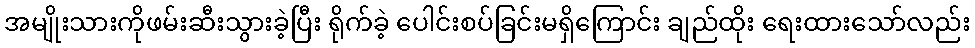
အမျိုးသားကိုဖမ်းဆီးသွားခဲ့ပြီး ရိုက်ခဲ့ ပေါင်းစပ်ခြင်းမရှိကြောင်း ချည်ထိုး ရေးထားသော်လည်း